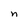
Character: n